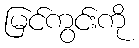
မြင်ကွင်းကို